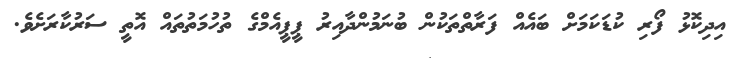
އިދިކޮޅު ފޯރި ކުޑަކަމަށް ބައެއް ފަރާތްތަކުން ބުނަމުންދާއިރު ޕީޕީއެމްގެ ތުހުމަތުތައް އޮތީ ސަރުކާރަށެވެ.